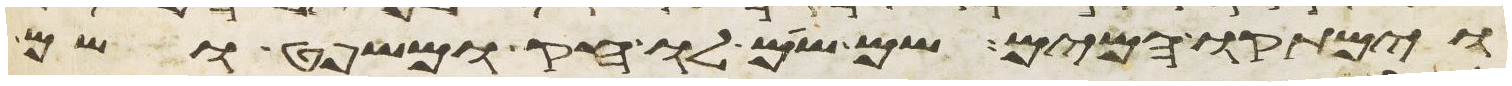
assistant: וימתקו המים שם שם לו חק ומשפט ושם